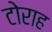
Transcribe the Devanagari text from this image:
टोराह